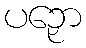
ပဉှော